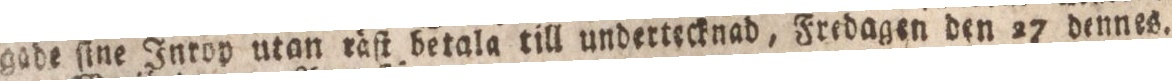
gade ſine Inrop utan räſt betala till undertecknad, Fredagen den 27 dennes.